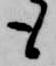
も